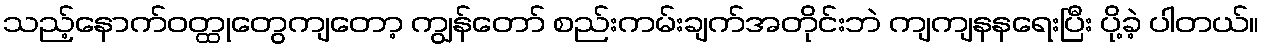
သည့်နောက်ဝတ္ထုတွေကျတော့ ကျွန်တော် စည်းကမ်းချက်အတိုင်းဘဲ ကျကျနနရေးပြီး ပို့ခဲ့ ပါတယ်။